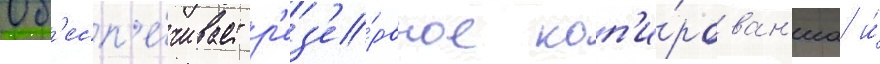
Об'есп'е́чивает р'ез'е́рвное коп'и́рован'иа и́